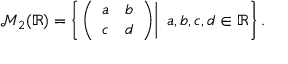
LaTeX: { \mathcal { M } } _ { 2 } ( \mathbb { R } ) = \left\{ \left. { \left( \begin{array} { l l } { a } & { b } \\ { c } & { d } \end{array} \right) } \right| \ a , b , c , d \in \mathbb { R } \right\} .